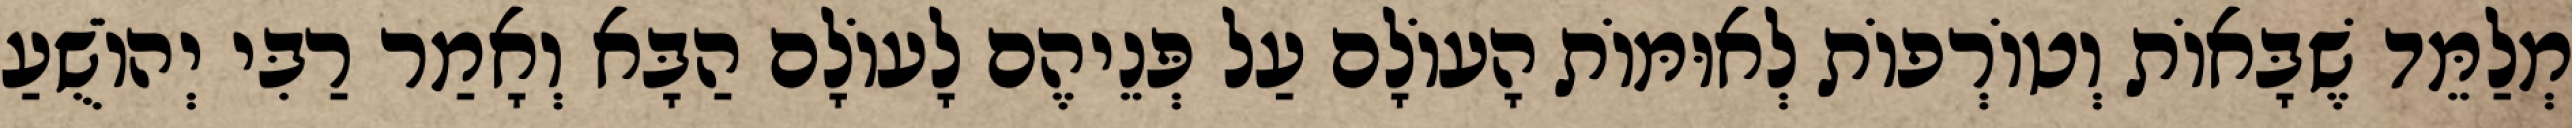
מְלַמֵּד שֶׁבָּאוֹת וְטוֹרְפוֹת לְאוּמּוֹת הָעוֹלָם עַל פְּנֵיהֶם לָעוֹלָם הַבָּא וְאָמַר רַבִּי יְהוֹשֻׁעַ